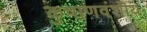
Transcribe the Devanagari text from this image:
कुषाणवंशीय